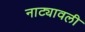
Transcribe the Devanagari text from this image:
नाट्यावली